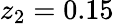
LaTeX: z_{2}=0.15